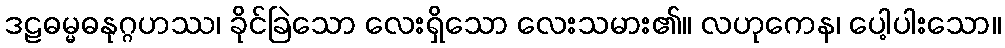
ဒဠဓမ္မဓနုဂ္ဂဟဿ၊ ခိုင်ခြဲသော လေးရှိသော လေးသမား၏။ လဟုကေန၊ ပေါ့ပါးသော။